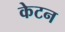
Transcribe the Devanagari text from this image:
केटन